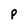
Character: P